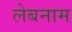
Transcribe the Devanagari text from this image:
लेबनाम